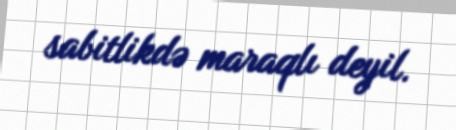
sabitlikdə maraqlı deyil.